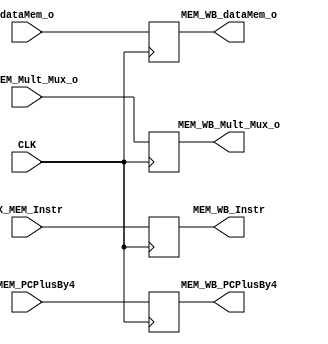
module MEM_WBPplReg(EX_MEM_PCPlusBy4,EX_MEM_Instr,EX_MEM_Mult_Mux_o,dataMem_o,
        MEM_WB_PCPlusBy4,MEM_WB_Instr,MEM_WB_Mult_Mux_o,MEM_WB_dataMem_o,
        CLK);

        input CLK;
        

        input[31:0] EX_MEM_PCPlusBy4;
        input[31:0] EX_MEM_Instr;
        input[31:0] EX_MEM_Mult_Mux_o;
        input[31:0] dataMem_o;

        output[31:0] MEM_WB_PCPlusBy4;
        output[31:0] MEM_WB_Instr;
        output[31:0] MEM_WB_Mult_Mux_o;
        output[31:0] MEM_WB_dataMem_o;

        
        reg[31:0] Reg1;
        reg[31:0] Reg2;
        reg[31:0] Reg3;
        reg[31:0] Reg4;

        
        assign MEM_WB_PCPlusBy4=Reg1;
        assign MEM_WB_Instr=Reg2;
        assign MEM_WB_Mult_Mux_o=Reg3;
        assign MEM_WB_dataMem_o=Reg4;

        
        initial
          begin
            Reg1<=0;
            Reg2<=0;
            Reg3<=0;
            Reg4<=0;

          end 
        
        always@(posedge CLK)
          begin
            Reg1<=EX_MEM_PCPlusBy4;
            Reg2<=EX_MEM_Instr;
            Reg3<=EX_MEM_Mult_Mux_o;
            Reg4<=dataMem_o;

          end
endmodule